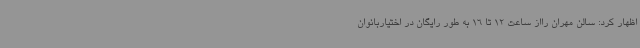
اظهار کرد: سالن مهران رااز ساعت 12 تا 16 به طور رایگان در اختیاربانوان